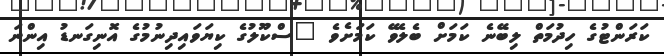
ކަރަންޓުގެ ހިދުމަތް ލިބޭނެ ކަމަށް ބެލެވޭ ކަމަށެވެ "ސްކޫލުގެ ކިޔަވައިދިނުމުގެ އޮނިގަނޑު އިންނަ